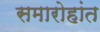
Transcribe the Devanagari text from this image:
समारोहांत